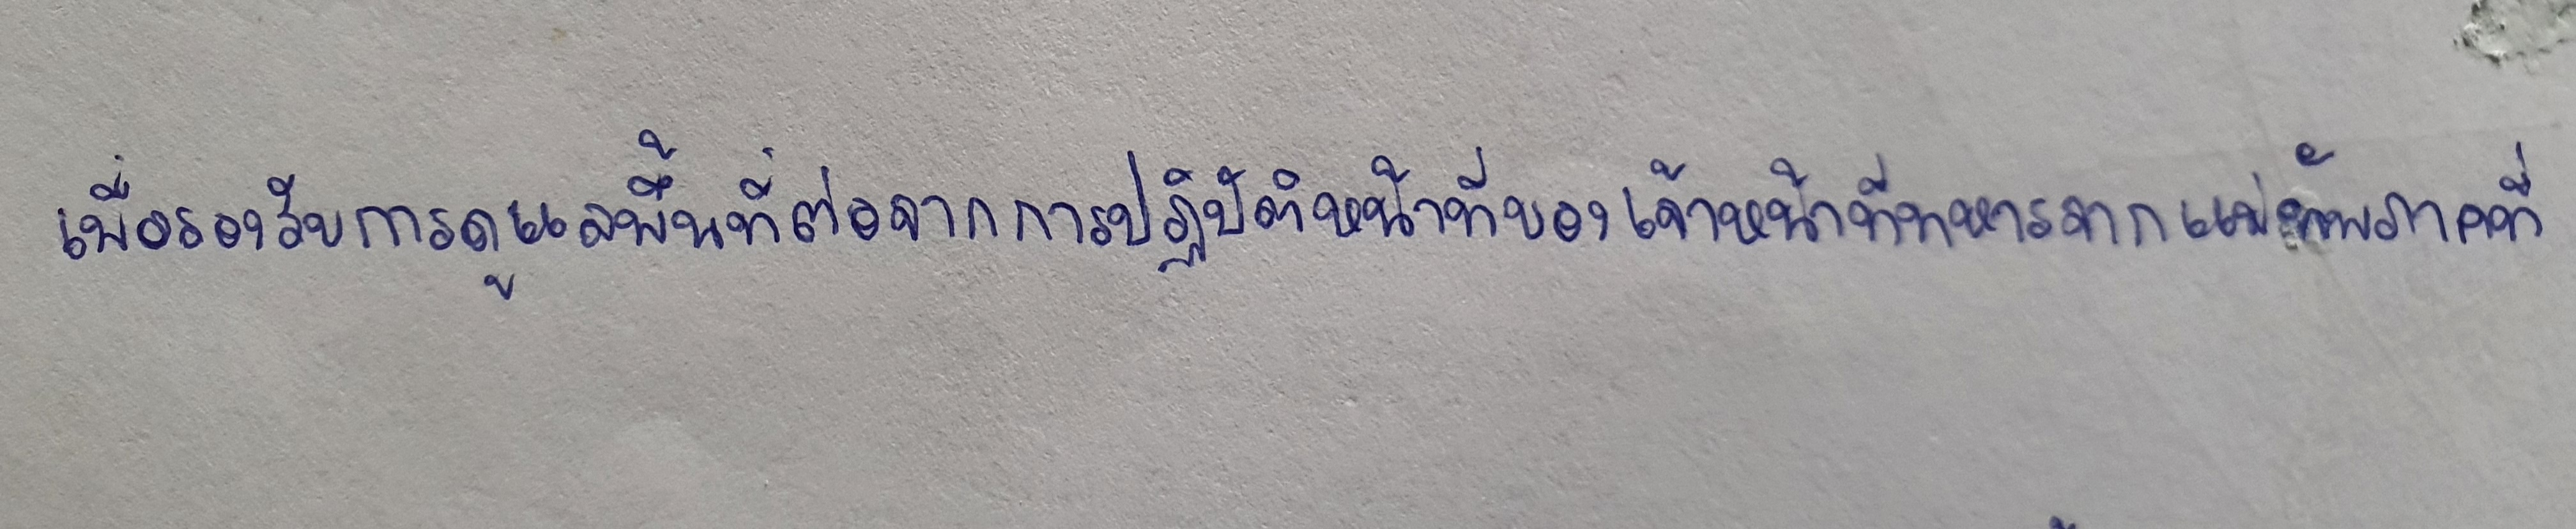
เพื่อรองรับการดูแลพื้นที่ต่อจากการปฏิบัติหน้าที่ของเจ้าหน้าที่ทหารจากแม่ทัพภาคที่